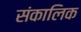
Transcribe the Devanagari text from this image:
संकालिक